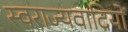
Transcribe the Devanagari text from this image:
स्वराज्यवादियों